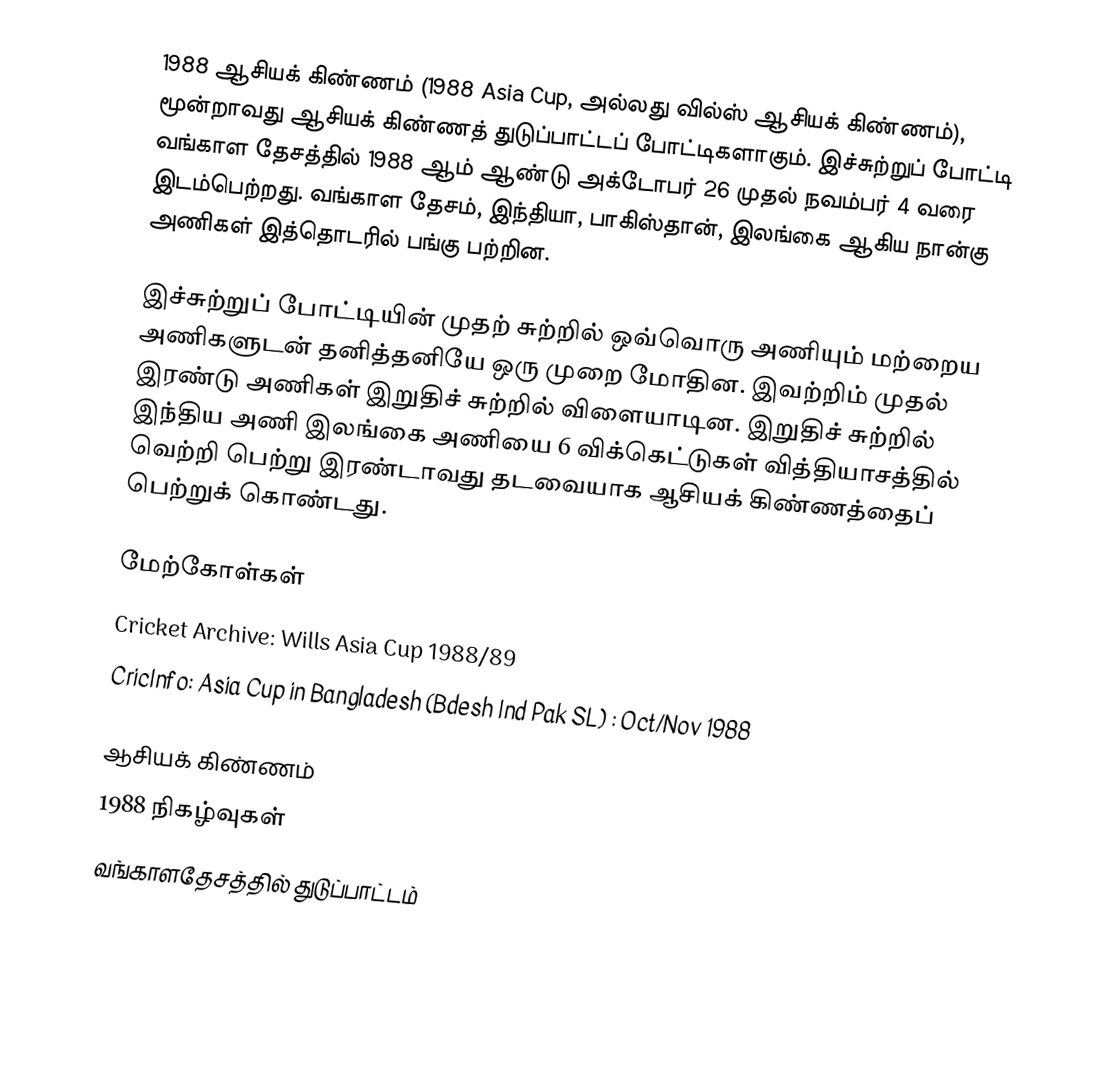
1988 ஆசியக் கிண்ணம் (1988 Asia Cup, அல்லது வில்ஸ் ஆசியக் கிண்ணம்), மூன்றாவது ஆசியக் கிண்ணத் துடுப்பாட்டப் போட்டிகளாகும். இச்சுற்றுப் போட்டி வங்காள தேசத்தில் 1988 ஆம் ஆண்டு அக்டோபர் 26 முதல் நவம்பர் 4 வரை இடம்பெற்றது. வங்காள தேசம், இந்தியா, பாகிஸ்தான், இலங்கை ஆகிய நான்கு அணிகள் இத்தொடரில் பங்கு பற்றின.

இச்சுற்றுப் போட்டியின் முதற் சுற்றில் ஒவ்வொரு அணியும் மற்றைய அணிகளுடன் தனித்தனியே ஒரு முறை மோதின. இவற்றிம் முதல் இரண்டு அணிகள் இறுதிச் சுற்றில் விளையாடின. இறுதிச் சுற்றில் இந்திய அணி இலங்கை அணியை 6 விக்கெட்டுகள் வித்தியாசத்தில் வெற்றி பெற்று இரண்டாவது தடவையாக ஆசியக் கிண்ணத்தைப் பெற்றுக் கொண்டது.

மேற்கோள்கள்
 Cricket Archive: Wills Asia Cup 1988/89
 CricInfo: Asia Cup in Bangladesh (Bdesh Ind Pak SL) : Oct/Nov 1988

ஆசியக் கிண்ணம்
1988 நிகழ்வுகள்
வங்காளதேசத்தில் துடுப்பாட்டம்